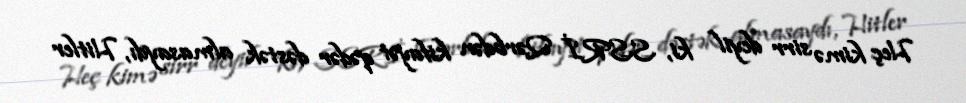
Heç kimə sirr deyil ki, SSRİ Qərbdən kifayət qədər dəstək almasaydı, Hitler